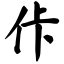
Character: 佧